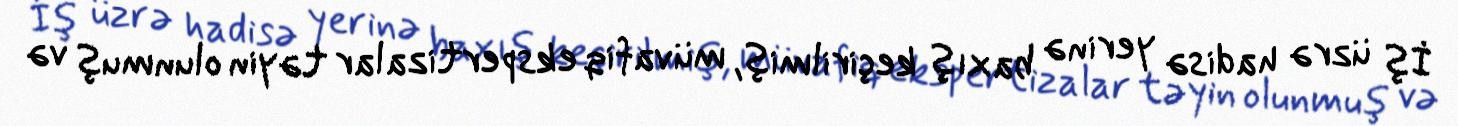
İş üzrə hadisə yerinə baxış keçirilmiş, müvafiq ekspertizalar təyin olunmuş və